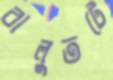
বালুতটে